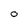
Character: 0